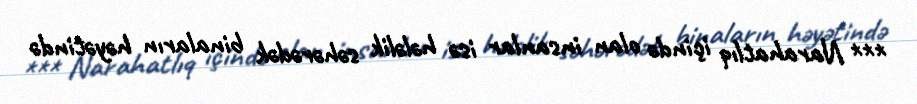
*** Narahatlıq içində olan insanlar isə hələlik səhərədək binaların həyətində